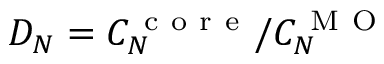
D _ { N } = C _ { N } ^ { \mathrm { ~ c ~ o ~ r ~ e ~ } } / C _ { N } ^ { \mathrm { ~ M ~ O ~ } }